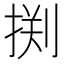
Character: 𰔂